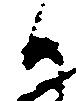
日